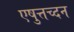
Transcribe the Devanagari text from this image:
एषुत्तच्दन